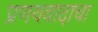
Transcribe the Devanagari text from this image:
प्रणयवादाचा